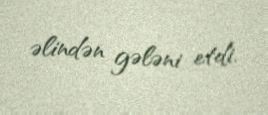
əlindən gələni etdi.